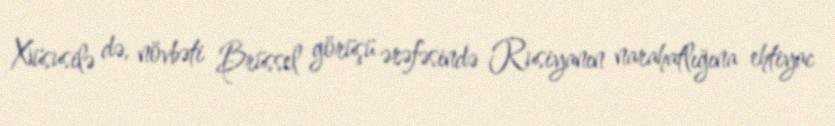
Xüsusilə də, növbəti Brüssel görüşü ərəfəsində Rusiyanın narahatlığına ehtiyac